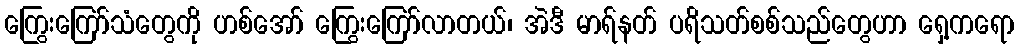
ကြွေးကြော်သံတွေကို ဟစ်အော် ကြွေးကြော်လာတယ်၊ အဲဒီ မာရ်နတ် ပရိသတ်စစ်သည်တွေဟာ ရှေ့ကရော